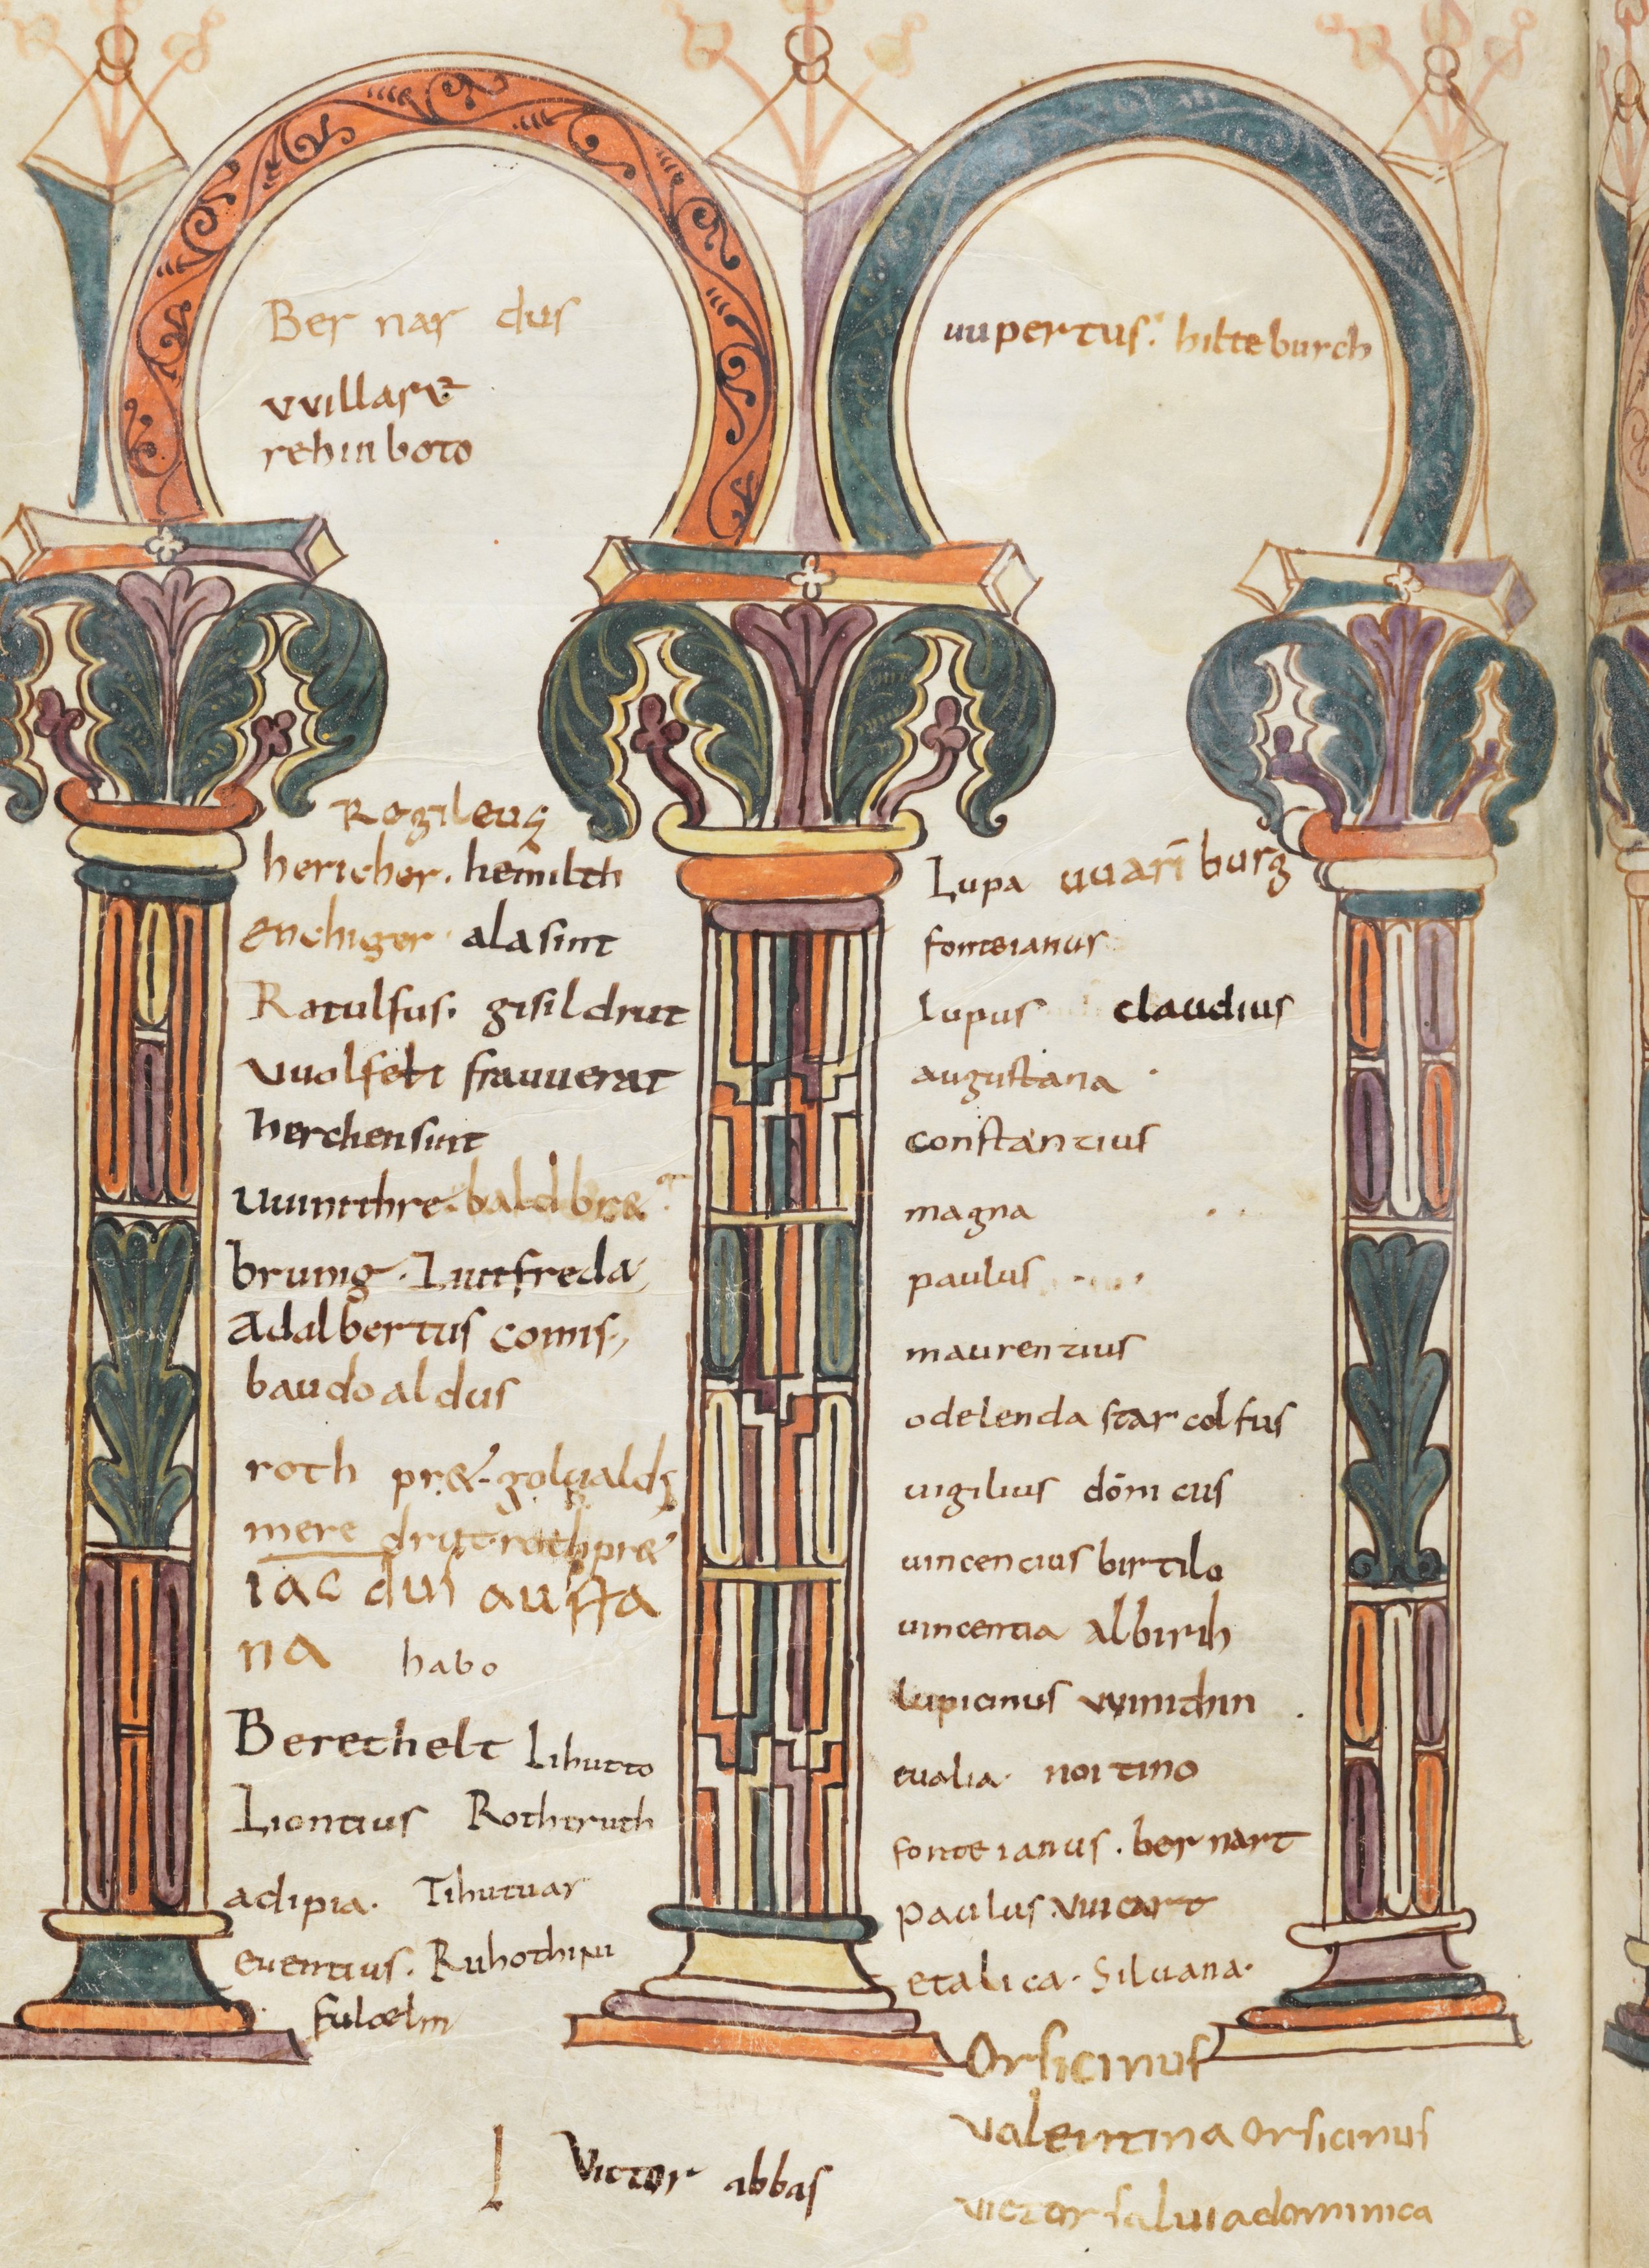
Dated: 800–1399